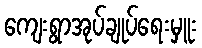
ကျေးရွာအုပ်ချုပ်ရေးမှူး